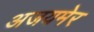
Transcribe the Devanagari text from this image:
अजयमेर